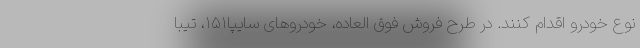
نوع خودرو اقدام کنند. در طرح فروش فوق العاده، خودروهای سایپا۱۵۱، تیبا